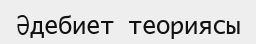
Әдебиет теориясы